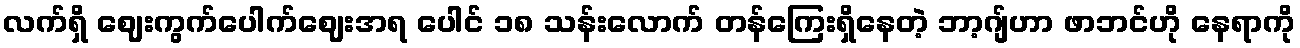
လက်ရှိ ဈေးကွက်ပေါက်ဈေးအရ ပေါင် ၁၈ သန်းလောက် တန်ကြေးရှိနေတဲ့ ဘာ့ဂျ်ဟာ ဖာဘင်ဟို နေရာကို